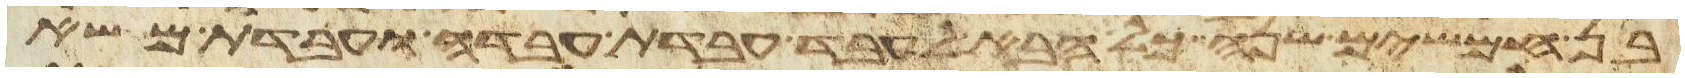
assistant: בן חמשים שנה כל הבא לעבד עבדת עבדה ועבדת משא